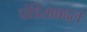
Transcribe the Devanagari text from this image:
पंडिताबद्दल